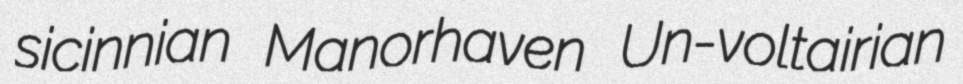
sicinnian Manorhaven Un-voltairian